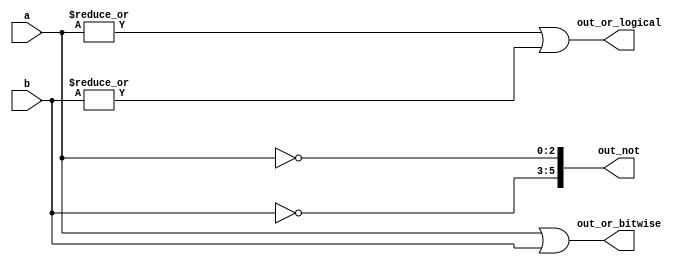
module top_module( 
    input [2:0] a,
    input [2:0] b,
    output [2:0] out_or_bitwise,
    output out_or_logical,
    output [5:0] out_not
);
    assign out_not[2:0]= ~a;
    assign out_not[5:3]= ~b;
    
    or or1 (out_or_logical, |a, |b);
    assign out_or_bitwise= a|b;
    

endmodule